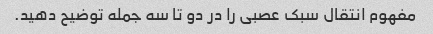
مفهوم انتقال سبک عصبی را در دو تا سه جمله توضیح دهید.